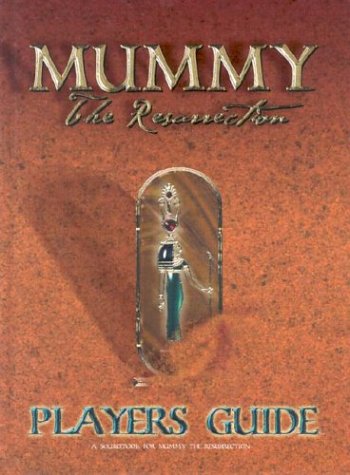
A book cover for Mummy: The Resurrection Players Guide; White Wolf Publishing; Science Fiction & Fantasy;